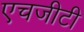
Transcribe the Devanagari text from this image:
एचजीटी